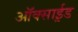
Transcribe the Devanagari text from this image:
ऑक्साई़ड